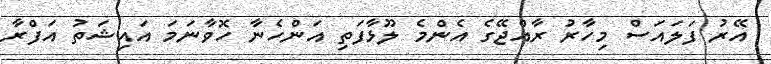
އޭރު ފަލައަސް މިހާރު ރާއްޖޭގެ އެންމެ ލޫޅާފަތި އަންހެނާ ހޮވާނަމަ އައިޝަތު އަފްރާ